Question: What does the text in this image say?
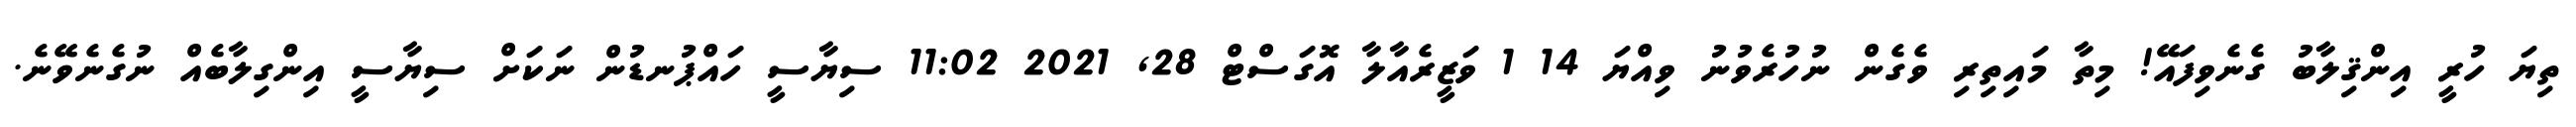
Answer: ތިޔަ ހުރީ އިންޤިލާބު ގެނެވިފައޭ! މިތާ މައިތިރި ވެގެން ނުހުރެވުނު ވިއްޔަ 14 1 ވަޒީރެއާލާ އޮގަސްޓް 28, 2021 11:02 ސިޔާސީ ހައްޕުނޑުން ނަކަށް ސިޔާސީ އިންގިލާބެއް ނުގެނެވޭނެ.